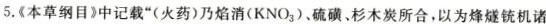
5.《本草纲目》中记载”(火药)乃焰消(KNO_{3})。硫磺、杉木炭所合，以为烽燧铳机诸